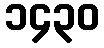
၁၄၃၀